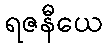
ရဇနီယေ